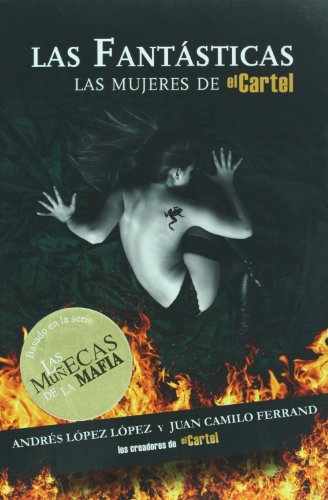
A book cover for Las fantÃ¡sticas: Las muÃ±ecas de la mafia (Spanish Edition); AndrÃ©s LÃ³pez LÃ³pez; Biographies & Memoirs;